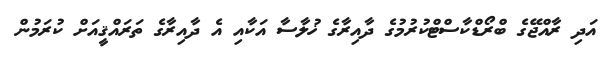
އަދި ރާއްޖޭގެ ބްރޯޑްކާސްޓްކުރުމުގެ ދާއިރާގެ ޚުލާސާ އަކާއި އެ ދާއިރާގެ ތަރައްޤީއަށް ކުރަމުން